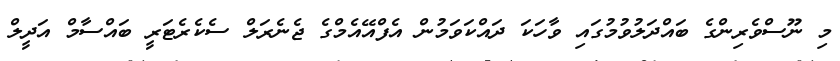
މި ނޫސްވެރިންގެ ބައްދަލުވުމުގައި ވާހަކަ ދައްކަވަމުން އެފްއޭއެމްގެ ޖެނެރަލް ސެކެރެޓަރީ ބައްސާމް އަދީލް